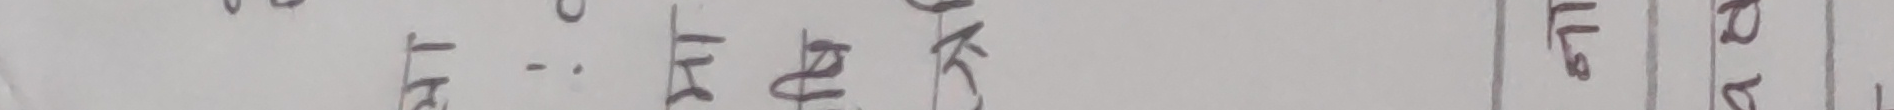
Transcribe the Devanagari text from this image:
मत-:गतक्षखग।घच।डढ